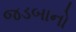
જડબાનો